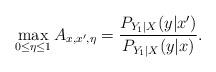
LaTeX: \begin{align*} \max_{0\leq \eta\leq 1} A_{x,x',\eta} =\frac{P_{Y_1|X}(y|x')}{P_{Y_1|X}(y|x)}.\end{align*}